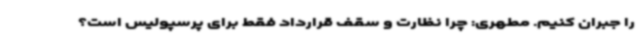
را جبران کنیم. مطهری: چرا نظارت و سقف قرارداد فقط برای پرسپولیس است؟